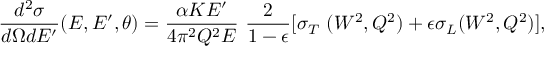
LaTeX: { \frac { d ^ { 2 } \sigma } { d \Omega d E ^ { \prime } } } ( E , E ^ { \prime } , \theta ) = { \frac { \alpha K E ^ { \prime } } { 4 \pi ^ { 2 } Q ^ { 2 } E } } \ { \frac { 2 } { 1 - \epsilon } } [ \sigma _ { T } \ ( W ^ { 2 } , Q ^ { 2 } ) + \epsilon \sigma _ { L } ( W ^ { 2 } , Q ^ { 2 } ) ] ,